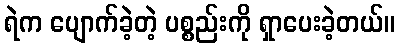
ရဲက ပျောက်ခဲ့တဲ့ ပစ္စည်းကို ရှာပေးခဲ့တယ်။